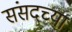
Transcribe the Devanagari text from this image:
संसदच्या